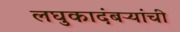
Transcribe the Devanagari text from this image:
लघुकादंबऱ्यांची